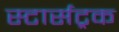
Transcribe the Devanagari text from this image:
स्टार्सट्रक